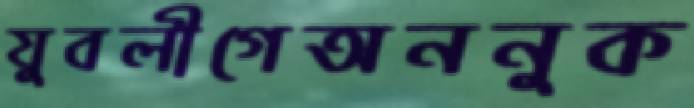
যুবলীগেঅননুক